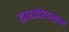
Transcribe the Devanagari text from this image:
हायवेवरून